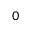
0